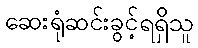
ဆေးရုံဆင်းခွင့်ရရှိသူ